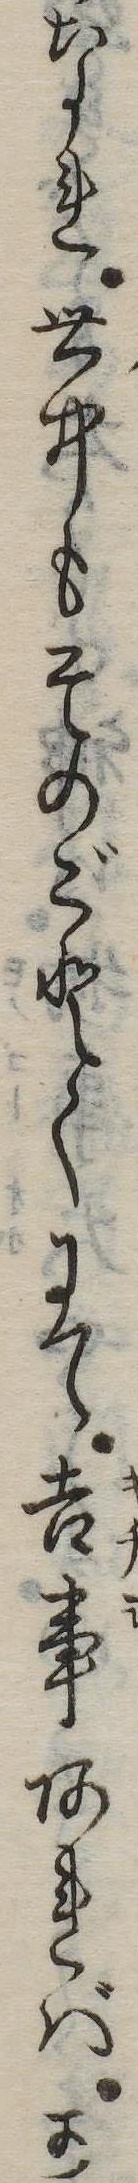
なれ世中もそのごとくにて吉事あればか